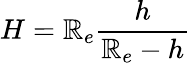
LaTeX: H=\mathbb{R}_{e}\frac{{h}}{{\mathbb{R}_{e}-h}}